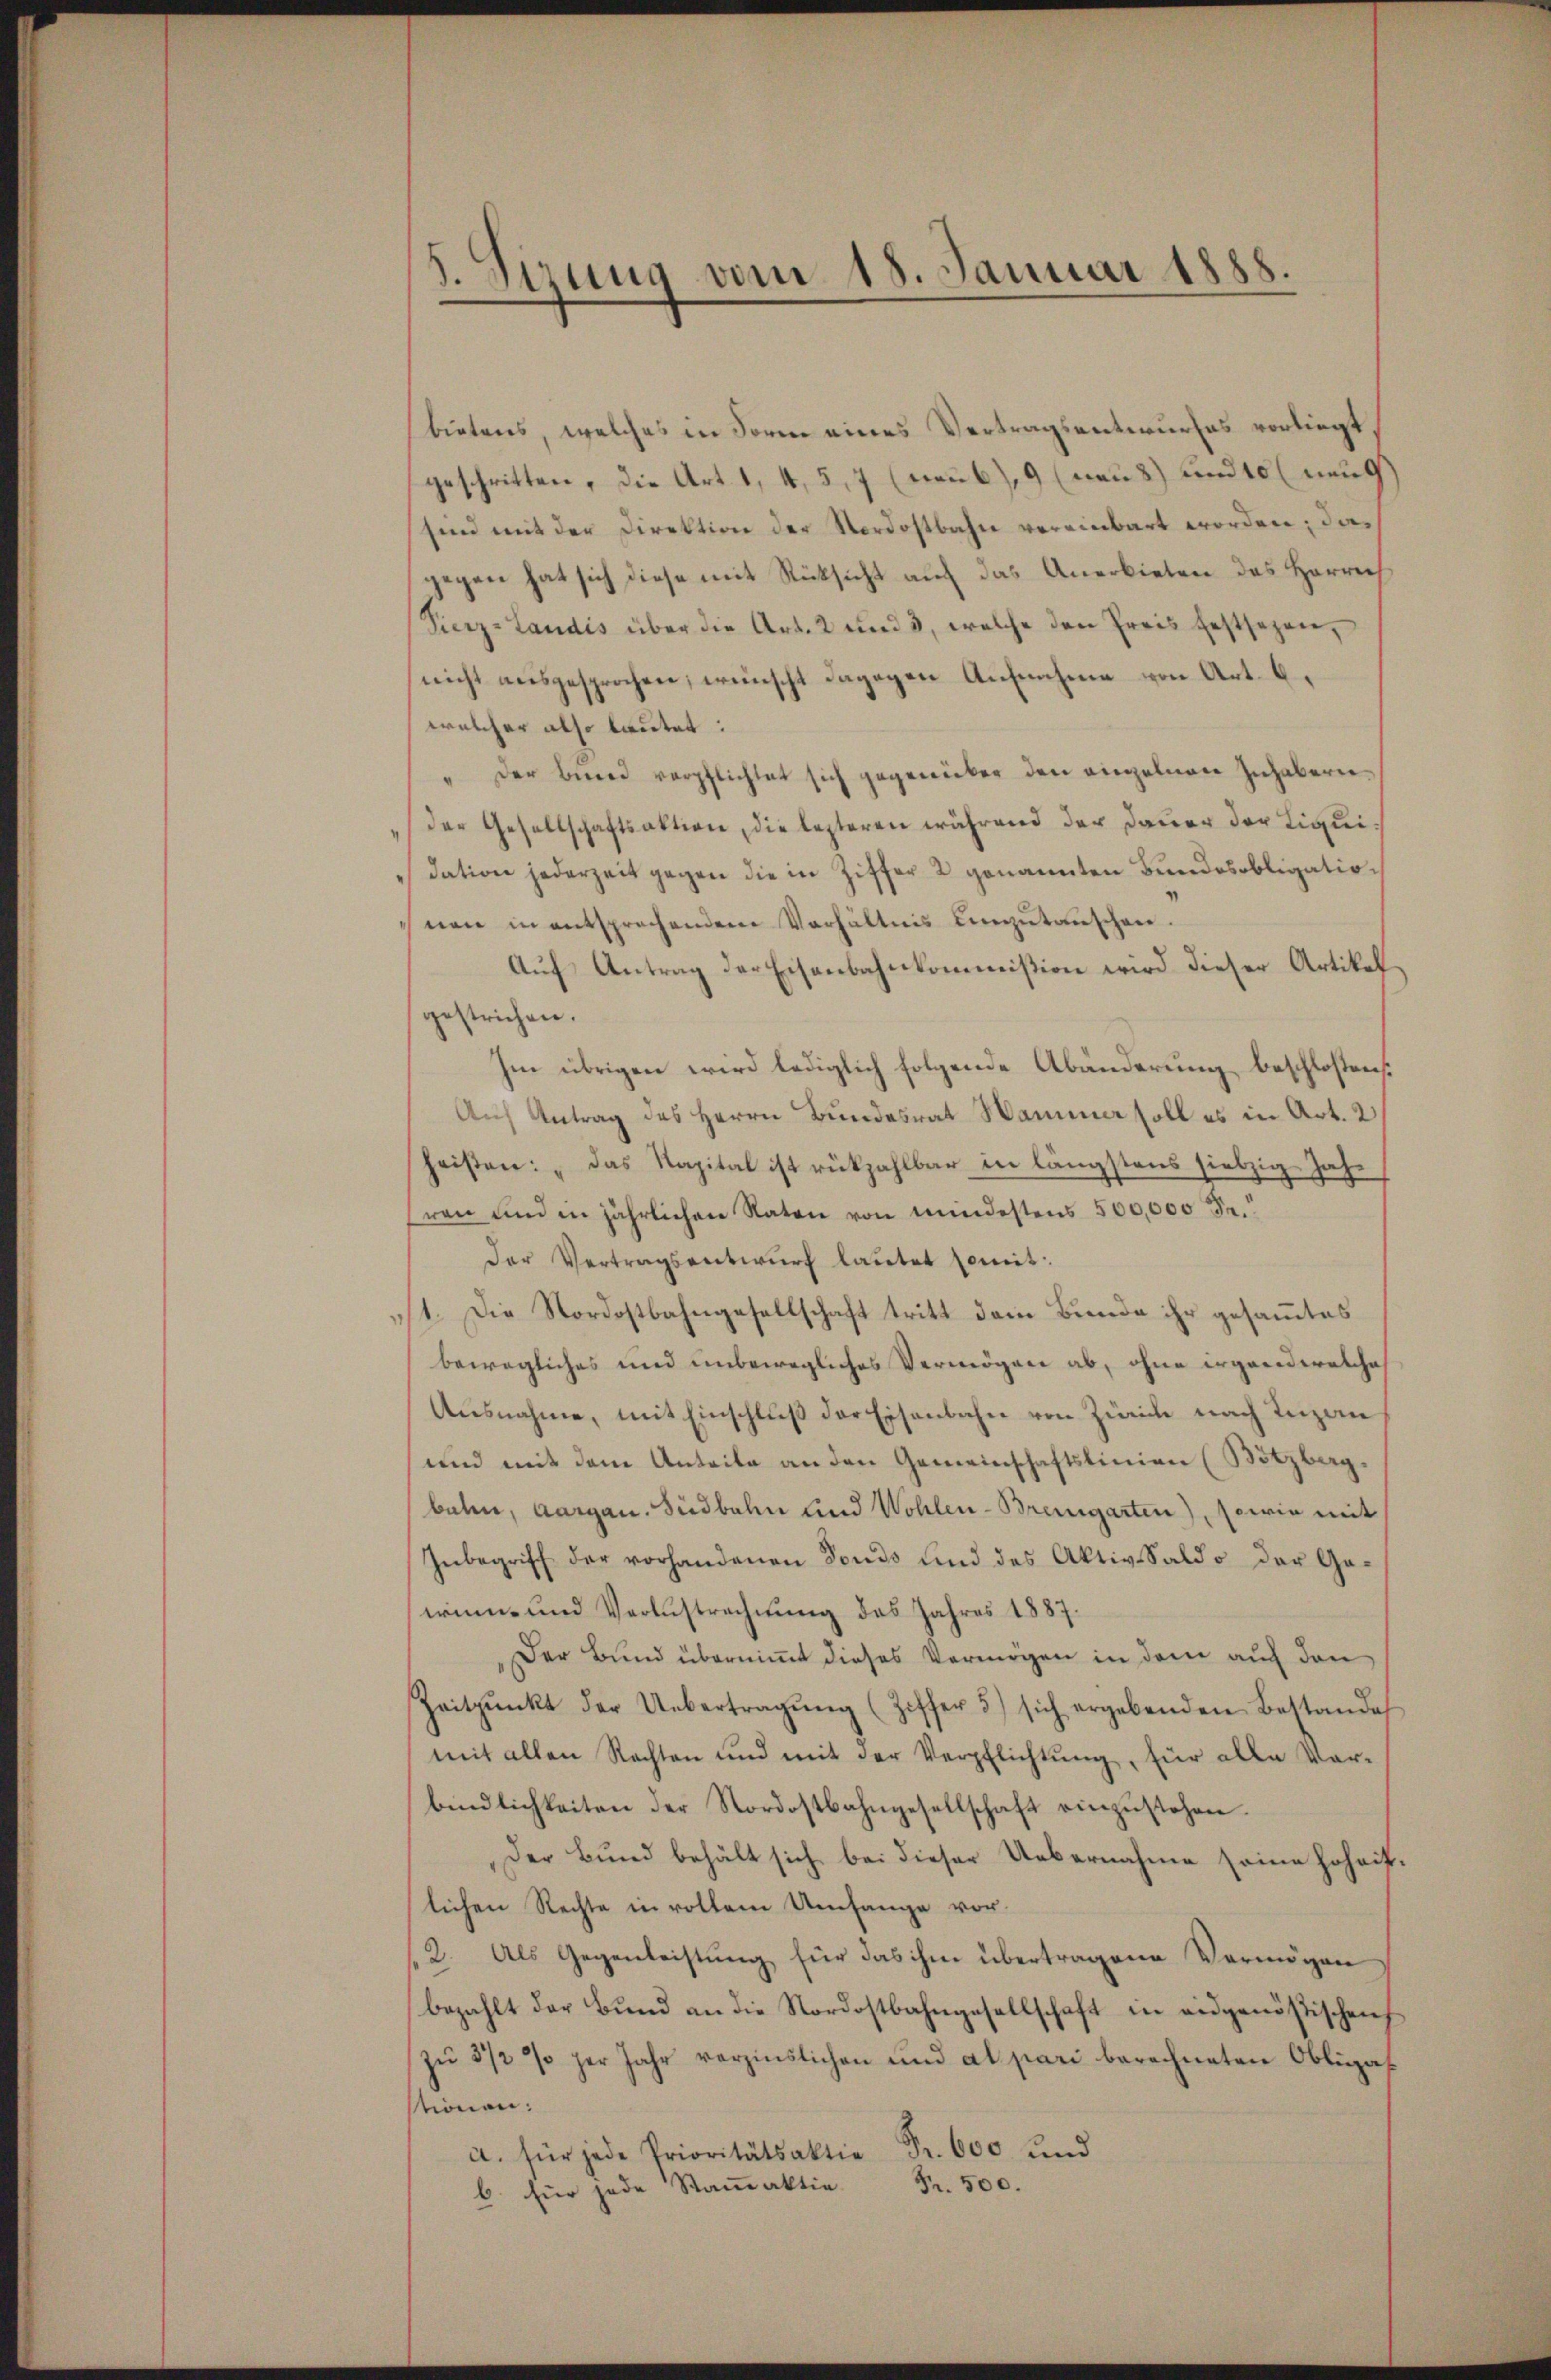
5. Sirung vom 18. Januar 1888.

bietens, welches in Form eines Vertragsentwurfes vorliegt
geschritten, die Art. 1, 4, 5,7 (Frau), 9 (nau) und 10 neug
sind mit der Direktion der Nordostbahn vereinbart worden, dagegen hat sich diese mit Rücksicht auf das Anerbieten des Herrech
Fierz-Landis über die Art. 2 und 3, welche den Preis festsezen,
nicht ausgesprochen, wünscht dagegen Aufnahme von Art. 6,
welcher also lautet:
" der binne verpflichtet sich gegenüber den angelnen Inhabernder Gesellschaftsaktion, die lezteren während der Dauer der Liquidation jederzeit gegen die in Ziffer 2 genannten Bundesobligationen in entsprechenden Verhältnis einzŭtaŭschen.
Auf Antrag der Eisenbahnkommißion wird dieser Artikelgestrichen.
Im übrigen wird lediglich folgende Abänderung beschlossen:
Auf Antrag des Herrn Bundesrat Wammer soll es in Art. 2
heißen: "Das Kapital ist rückzahlbar in längstens siebzig Jahr
ren und in jährlichen Raten von mindestens 500,000 Se.
Der Vertragsentwurf lautet somit:
11. Die Nordostbahngesellschaft tritt dem Bunde ihr gesammtes
bewegliches und unbewegliches Vermögen ab, ohne irgenderetcha
Ausnahme, mit Einschluß der Eisenbahn von Zürich nach Inzan
und mit dem Anteile an den Gemeinschaftslinien (Bötzberg,
bahn, Aargau. Südbahn und Wohlen-Bremgarten), sowie mit
Inbegriff der vorhandenen Fonds und des Aktiv-Saldo der Gewinn und Verlustrechnung des Jahres 1887.
Der Bund übernimmt dieses Vermögen in dem auch den
Zeitpunkt der Uebertragŭng (Ziffer 5) sich ergebenden Bestandes
mit allen Rechten und mit der Verpflichtung, für alle Vorbindlichkeiten der Nordostbahngesellschaft einzustehen.
Der Bund behält sich bei dieser Uebernahme seine hoheit,
lichen Rechte in vollem Umfange vor.
(2. Als Gegenleistung für das ihm übertragene Vermögen
bezahlt der Bund an die Nordostbahngesellschaft in eidgenößischen
zŭ 3 1/2 % der Jahr verzinslichen und al pari berechneten Obligat
stionen:
a. für jede Prioritätsaktie Fr. 600 und
Fr. 500.
b. für jede Stanaktio